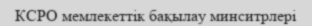
КСРО мемлекеттік бақылау минситрлері